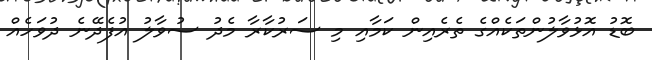
ބޮޑު އޮޅުވާލުންތަކެއްގެ ތެރެއިން ކަމާއި މި ސަރުކާރާ މެދު ސުވާލު އުފެދޭނެ ދުވަހެއް